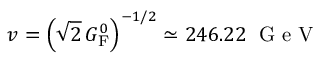
v = \left( { \sqrt { 2 } } \, G _ { \mathrm { { F } } } ^ { 0 } \right) ^ { - 1 / 2 } \simeq 2 4 6 . 2 2 \; { \textrm { G e V } }